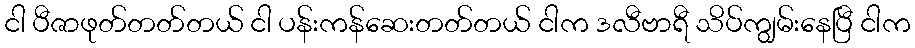
ငါ ပီဇာဖုတ်တတ်တယ် ငါ ပန်းကန်ဆေးတတ်တယ် ငါက ဒလီဗာရီ သိပ်ကျွမ်းနေပြီ ငါက